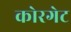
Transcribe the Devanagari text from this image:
कोरगेट